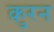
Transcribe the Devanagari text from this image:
क़ुरन